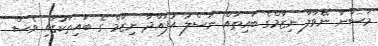
މަސާނާ ނޭވާލާ ނިޒާމްގެ ބައިތައް ނަސްލު އުފައްދާ ނިޒާމް ގެ ބައިތަކުގައި ވެސް